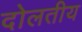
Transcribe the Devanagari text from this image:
दोलतीय